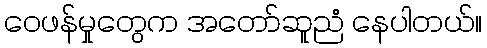
ဝေဖန်မှုတွေက အတော်ဆူညံ နေပါတယ်။